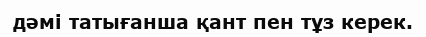
дәмі татығанша қант пен тұз керек.